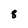
Character: 8